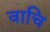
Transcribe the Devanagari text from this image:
वाचि